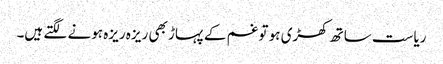
ریاست ساتھ کھڑی ہو تو غم کے پہاڑ بھی ریزہ ریزہ ہونے لگتے ہیں۔